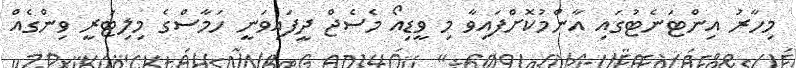
މިހާރު އިންޓަނެޓުގައި އާންމުކޮށްފައިވާ މި ވީޑިއޯ މެސެޖް ދީފައިވަނީ ހަމާސްގެ މިލިޓަރީ ވިންގެއް